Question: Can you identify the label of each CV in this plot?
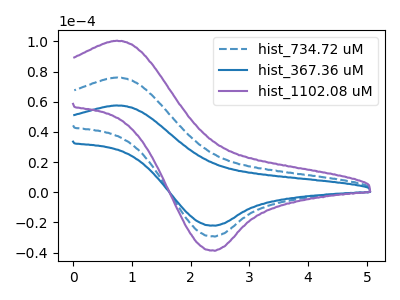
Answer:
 <answer>The blue dashed curve is labeled "hist_734.72 uM". The blue curve is labeled "hist_367.36 uM". The purple curve is labeled "hist_1102.08 uM".</answer>
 <eval></eval>